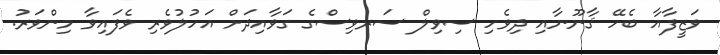
ވަޒީފާއާ ބެހޭ ޤާނޫނާއި ދިވެހި ސިވިލް ސަރވިސްގެ ގަވާއިދަށް އަހުލުވެރި ވެފައިވާ މިންވަރު.